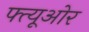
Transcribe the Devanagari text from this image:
फ्त्यूओर